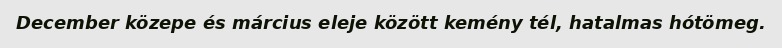
December közepe és március eleje között kemény tél, hatalmas hótömeg.